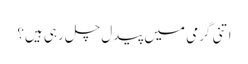
اتنی گرمی میں پیدل چل رہی ہیں؟